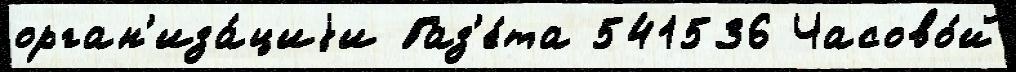
орган'иза́циjи Газ'е́та 541536 Часово́й